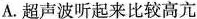
A.超声波听起来比较高亢